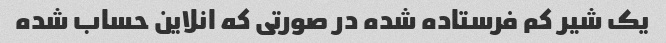
یک شیر کم فرستاده شده در صورتی که انلاین حساب شده